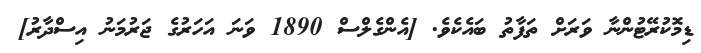
ޑިމޮކުރޭޓުންނާ ވަރަށް ތަފާތު ބައެކެވެ. [އެންގެލްސް 1890 ވަނަ އަހަރުގެ ޖަރުމަނު އިސްދާރު]